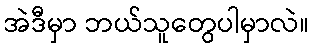
အဲဒီမှာ ဘယ်သူတွေပါမှာလဲ။